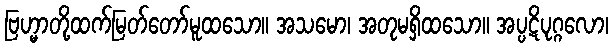
ဗြဟ္မာတို့ထက်မြတ်တော်မူထသော။ အသမော၊ အတုမရှိထသော။ အပ္ပဋိပုဂ္ဂလော၊